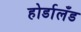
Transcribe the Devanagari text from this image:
होर्डालँड